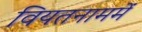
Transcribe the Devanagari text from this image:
वियतनाममें